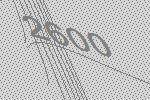
2600